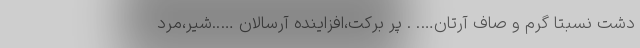
دشت نسبتا گرم و صاف آرتان…. . پر برکت،افزاینده آرسالان …..شیر،مرد